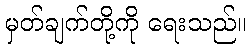
မှတ်ချက်တို့ကို ရေးသည်။